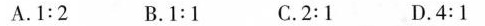
A.1:2 B.1:1 C.2:1 D.4:1